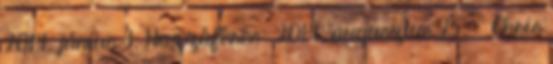
2014. június 3. Hozzáférés: 2014. augusztus 25. ↑ Chris